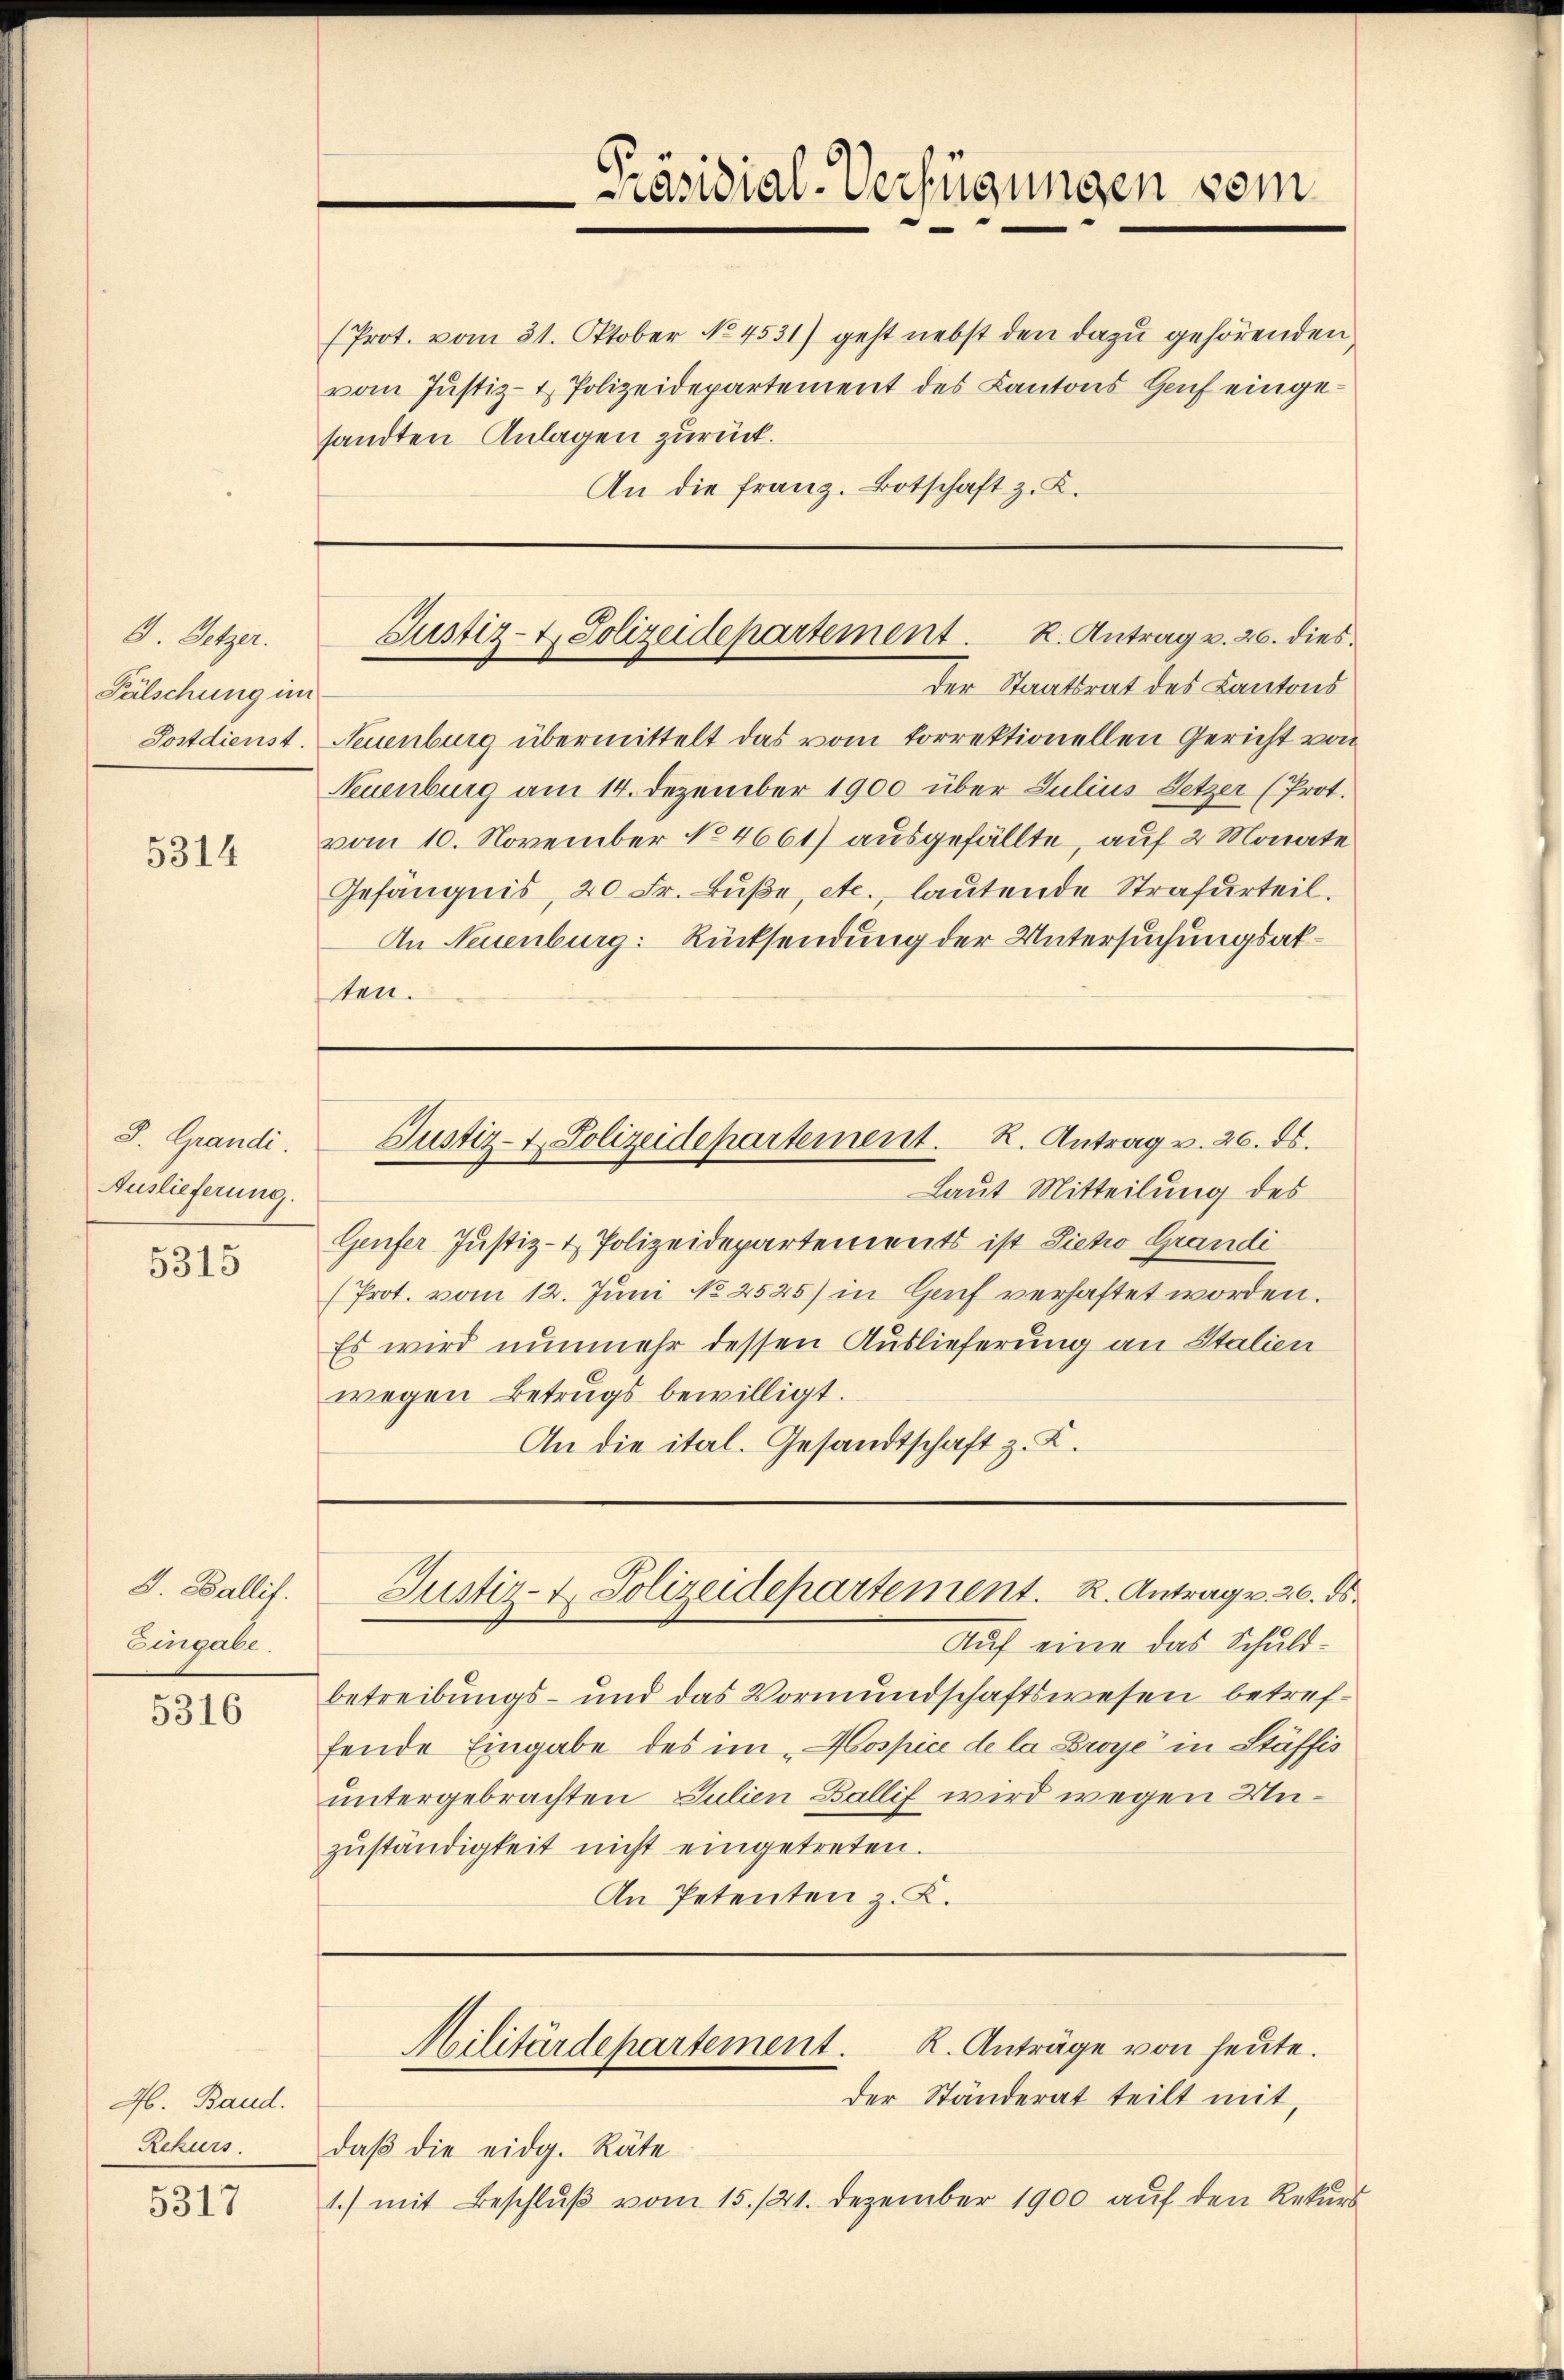
E Setzer.
Fälschung im
Postdienst.

5314

S. Grandi
Auslieferung.

5315

S. Ballit.
Eingabe.

5316

46. Band.
Rekurs.

5317

Prot. vom 31. Oktober No. 4531) geht nebst den dazu gehörenden
vom Justiz- & Polizeidepartement des Kantons Genf eingesandten Anlagen zurück.
An die franz. Botschaft z. K.

Präsidial-Verfügungen vom

Justiz- & Polizeidepartement. R. Antrag v. 26. dies

Der Staatsrat des Kantons
Neuenburg übermittelt das vom torrektionellen Gericht von
Neuenburg am 14. Dezember 1900 über Julius Setzer (Prot.
vom 10. November No 4661) ausgefällte, auf 2 Monate
Gefängnis, 20 Fr. Buße, etc., lautende Strafurteil.
An Neuenburg: Rücksendung der Untersuchungsatten.
Justiz- u. Polizeidepartement. R. Antrag v. 26. ds.
Laut Mitteilung des
Genfer Justiz- & Polizeidepartements ist Sicho Grandi
(Prot. vom 12. Juni No 2525) in Genf verhaftet worden.
Es wird nunmehr dessen Auslieferung an Stalien
wegen Betrugs bewilligt.
An die ital. Gesandtschaft z. K.

Justiz- & Polizeidepartement. R. Antrag v. 26. ds.

K. Anträge von heute.
Militärdepartement.
der Ständerat teilt mit,

Auf eine das Schuldbetreibungs- und das Vormundschaftswesen betreffende Eingabe des im „Hospice de la Broye in Stäffis
untergebrachten Julien Ballif wird wegen Unzŭständigkeit nicht eingetreten.
An Petenten z. K.

daβ die eidg. Räte
1.) mit Beschlŭβ vom 15./21. Dezember 1900 auf den Rekurs